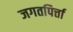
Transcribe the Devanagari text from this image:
जगतपिर्त्ता